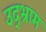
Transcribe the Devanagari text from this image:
उद्भ्राम